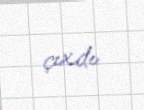
çıxdı.